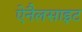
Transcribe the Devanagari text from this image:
ऐनैलसाइट